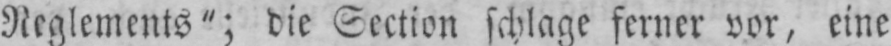
Reglements”; die Section schlage ferner vor, eine